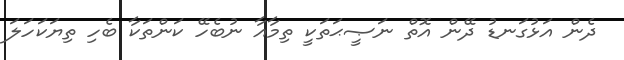
ދެން އަޅުގަނޑު ދޭން އޮތް ނަޞީޙަތަކީ ތިމާއާ ނުބެހޭ ކަންތަކާ ބެހި ތިޔަކަހަލަ